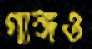
গাঙ্গও